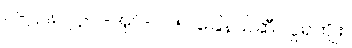
ပါ-၂၂၈၊ ဋ္ဌ-ပ-အုပ်-၁၂၅၊ ခြေနယ်ဆီ လှူရကျိုး။